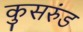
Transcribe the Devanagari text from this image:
कुसरुंड